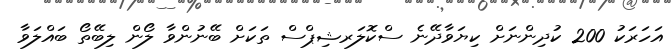
އަހަރަކު 200 ކުދިންނަށް ކިޔަވާދޭނެ ސްކޮލަރޝިޕްސް ތަކަށް ބޭނުންވާ ލޯން ލިބޭތޯ ބައްލަވާ